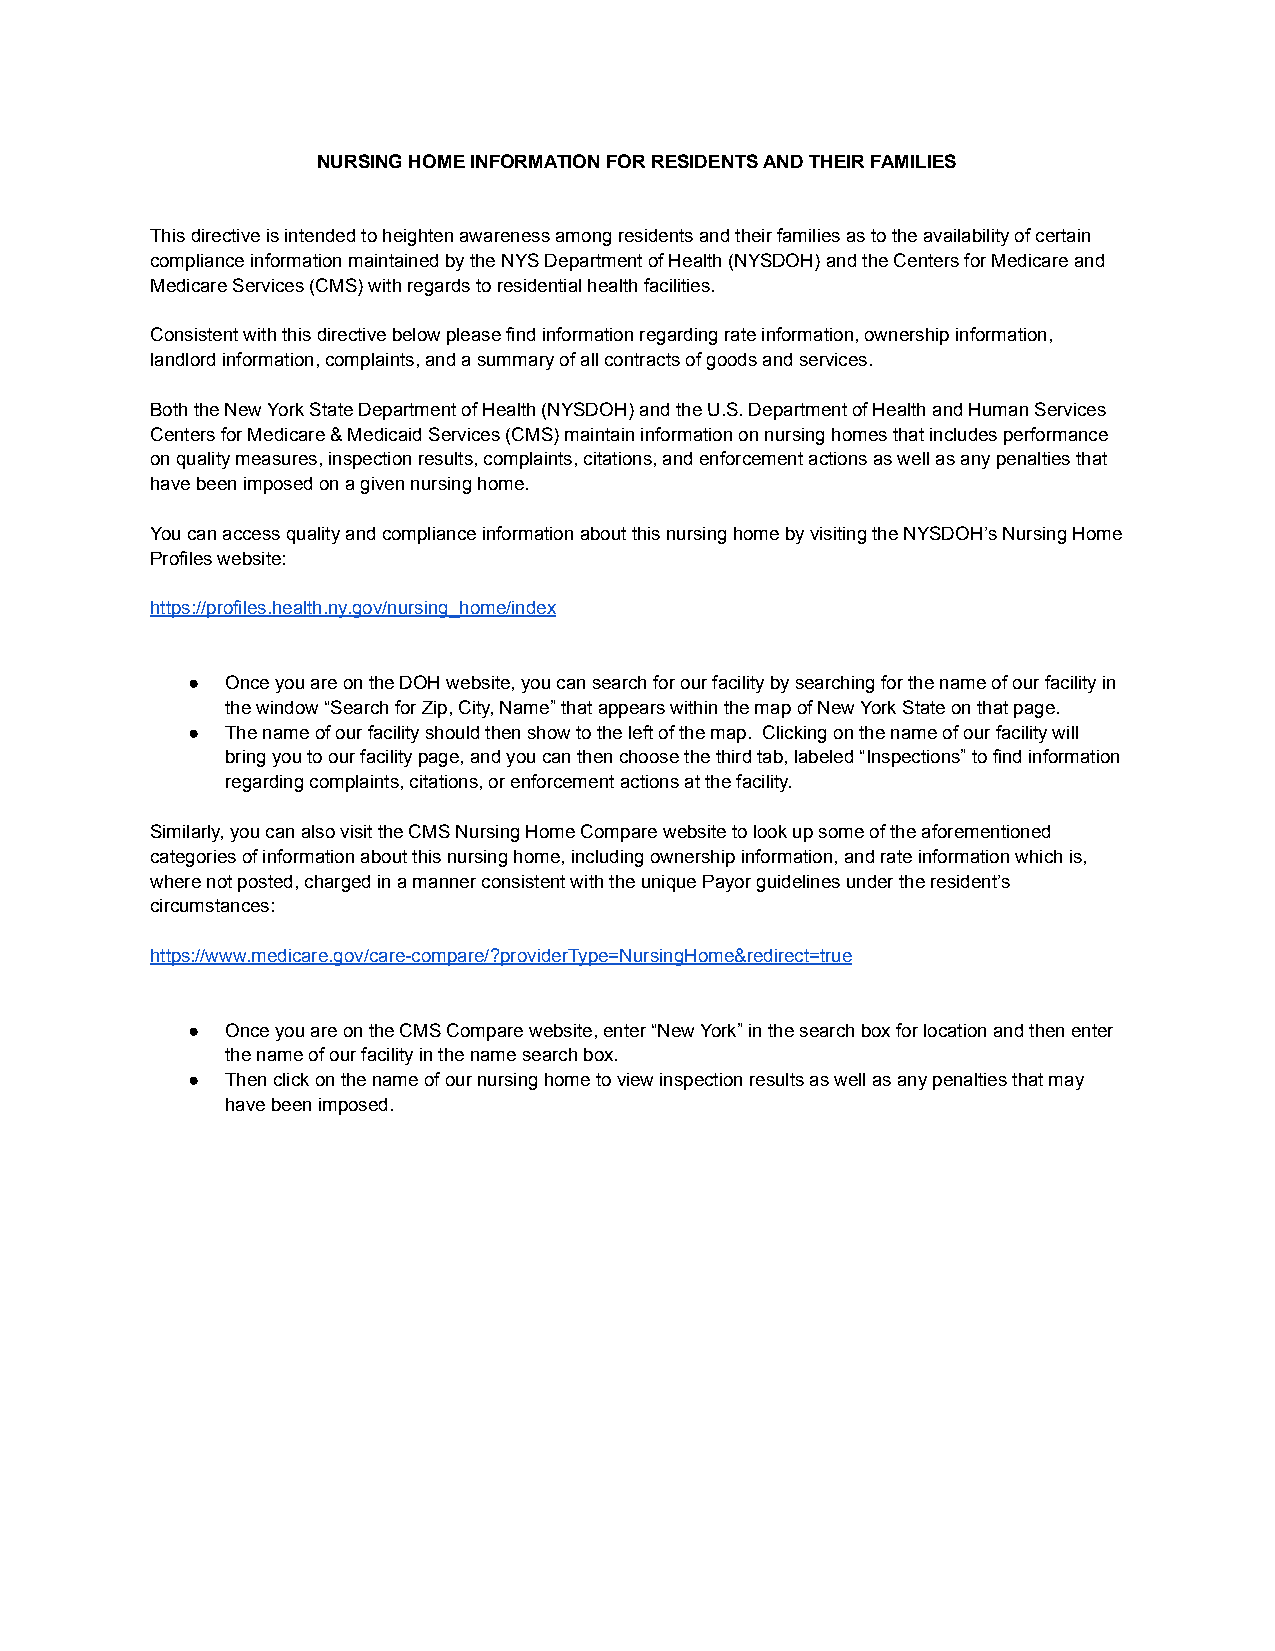
NURSING HOME INFORMATION FOR RESIDENTS AND THEIR FAMILIES
 This directive is intended to heighten awareness among residents and their families as to the availability of certain
 compliance information maintained by the NYS Department of Health (NYSDOH) and the Centers for Medicare and
 Medicare Services (CMS) with regards to residential health facilities.
 Consistent with this directive below please find information regarding rate information, ownership information,
 landlord information, complaints, and a summary of all contracts of goods and services.
 Both the New York State Department of Health (NYSDOH) and the U.S. Department of Health and Human Services
 Centers for Medicare & Medicaid Services (CMS) maintain information on nursing homes that includes performance
 on quality measures, inspection results, complaints, citations, and enforcement actions as well as any penalties that
 have been imposed on a given nursing home.
 You can access quality and compliance information about this nursing home by visiting the NYSDOH’s Nursing Home
 Profiles website:
 https://profiles.health.ny.gov/nursing_home/index
 ●  Once you are on the DOH website, you can search for our facility by searching for the name of our facility in
 the window “Search for Zip, City, Name” that appears within the map of New York State on that page.
 ●  The name of our facility should then show to the left of the map. Clicking on the name of our facility will
 bring you to our facility page, and you can then choose the third tab, labeled “Inspections” to find information
 regarding complaints, citations, or enforcement actions at the facility.
 Similarly, you can also visit the CMS Nursing Home Compare website to look up some of the aforementioned
 categories of information about this nursing home, including ownership information, and rate information which is,
 where not posted, charged in a manner consistent with the unique Payor guidelines under the resident’s
 circumstances:
 https://www.medicare.gov/care-compare/?providerType=NursingHome&redirect=true
 ●  Once you are on the CMS Compare website, enter “New York” in the search box for location and then enter
 the name of our facility in the name search box.
 ●  Then click on the name of our nursing home to view inspection results as well as any penalties that may
 have been imposed.